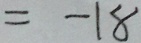
= - 1 8